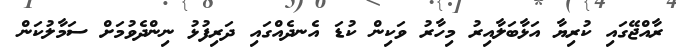
ރާއްޖޭގައި ކުރިޔާ އަޅާބަލާއިރު މިހާރު ވަކިން ކުޑަ އެނދެއްގައި ދަރިފުޅު ނިންދެވުމަށް ސަމާލުކަން